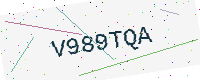
Text: V989TQA